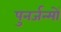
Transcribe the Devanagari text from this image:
पुनर्जन्मों